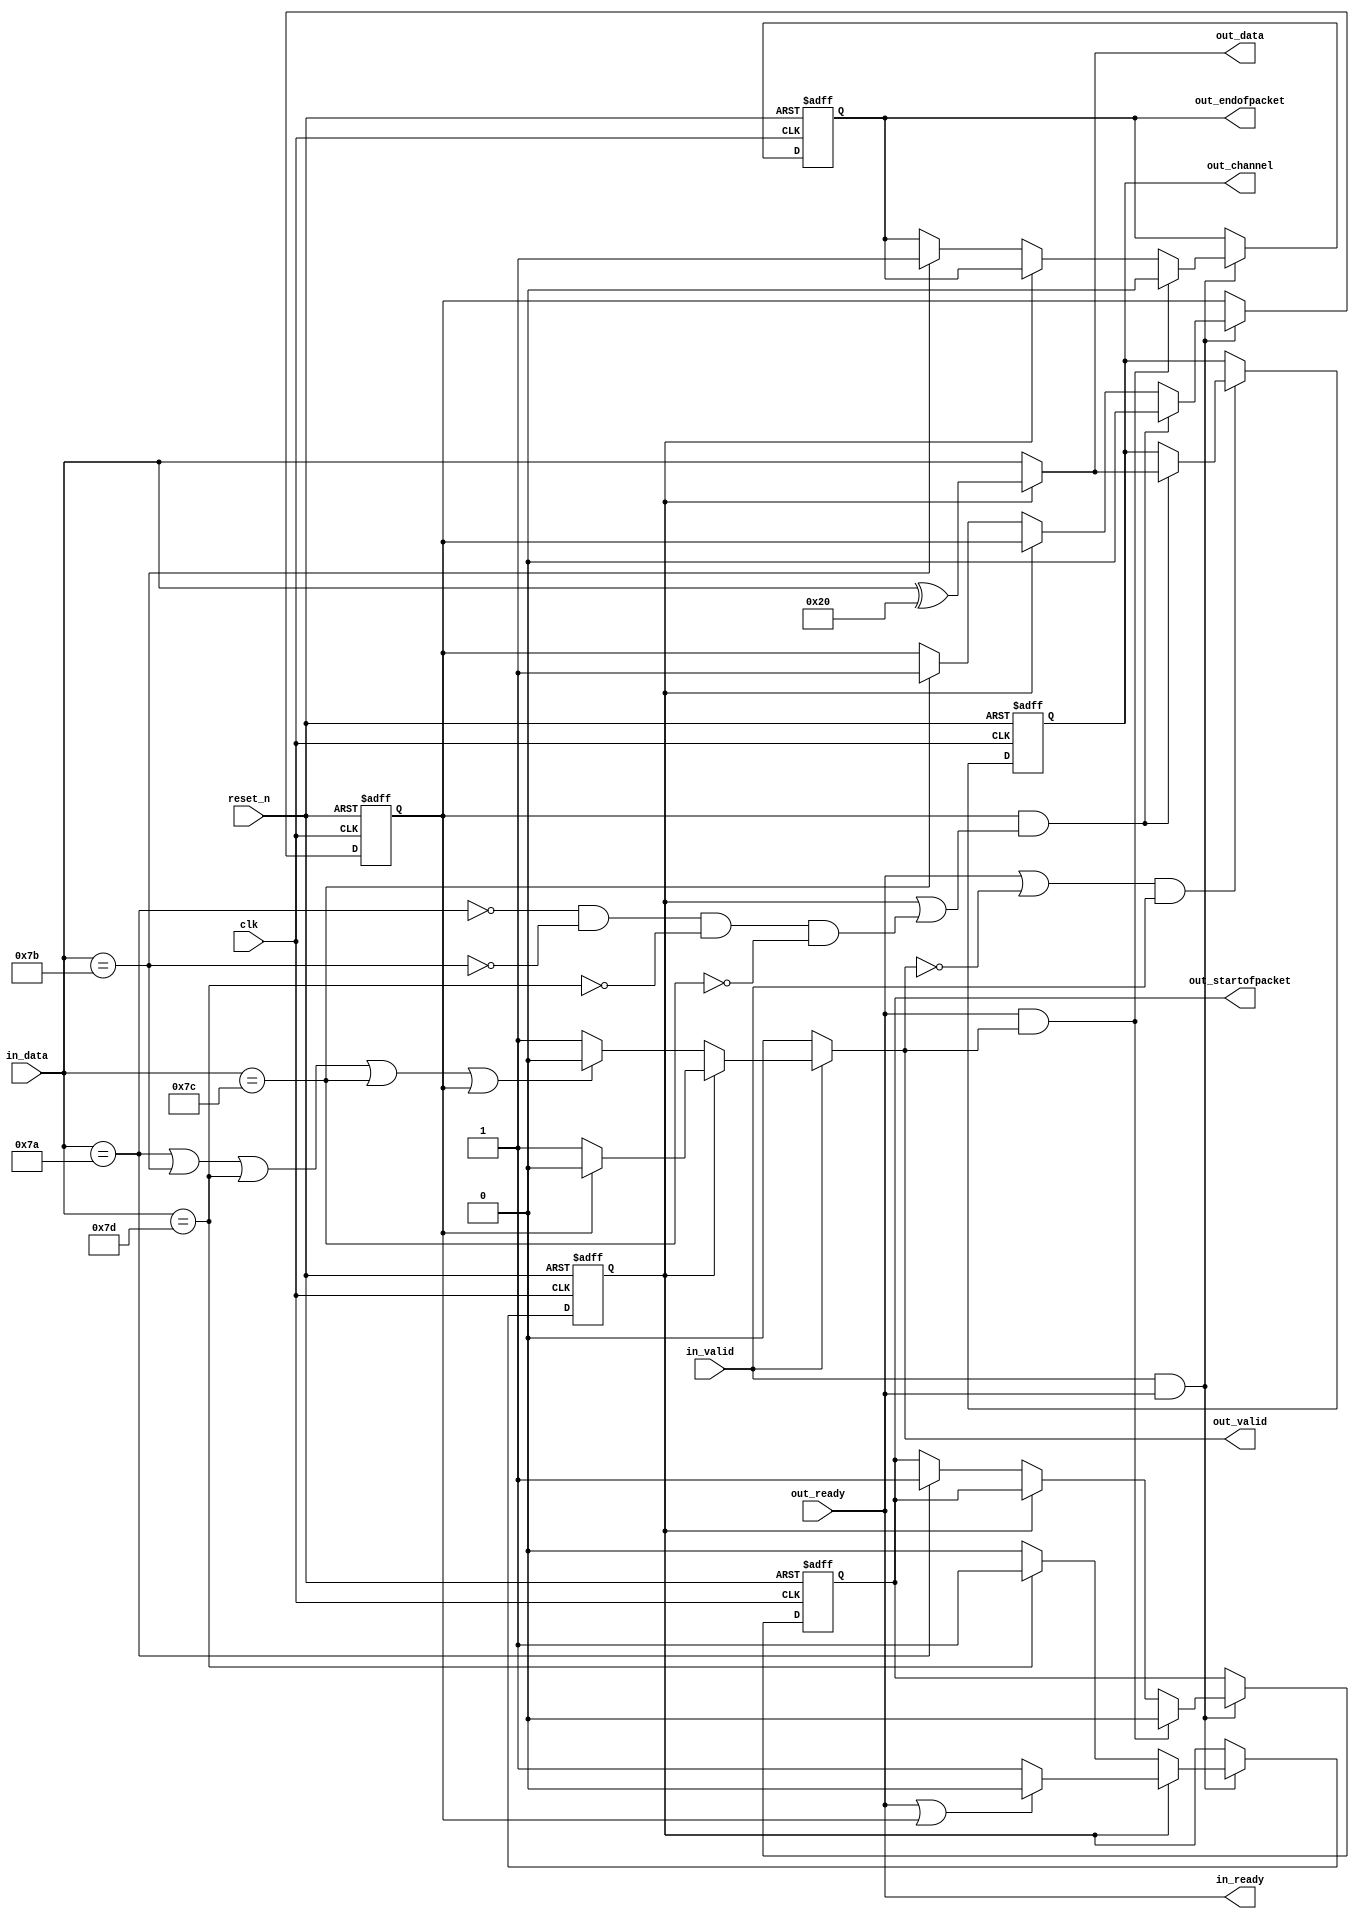
// Copyright 2009 Altera Corporation. All rights reserved.  
// Your use of Altera Corporation's design tools, logic functions and other software and tools, and its AMPP partner logic 
// functions, and any output files any of the foregoing (including device programming or simulation files), and any associated 
// documentation or information are expressly subject to the terms and conditions of the Altera Program License Subscription 
// Agreement, Altera MegaCore Function License Agreement, or other applicable license agreement, including, without limitation, 
// that your use is for the sole purpose of programming logic devices manufactured by Altera and sold by Altera or its authorized 
// distributors.  Please refer to the applicable agreement for further details.


`timescale 1ns / 100ps
module ddr2_v10_1_altera_avalon_st_bytes_to_packets (

      input              clk,
      input              reset_n,
      input              out_ready,
      output reg         out_valid,
      output reg [7: 0]  out_data,
      output reg [7: 0]  out_channel,
      output reg         out_startofpacket,
      output reg         out_endofpacket,

      output reg         in_ready,
      input              in_valid,
      input      [7: 0]  in_data
);


   reg  received_esc, received_channel;
   wire escape_char, sop_char, eop_char, channel_char;

   wire [7:0] data_out;


   assign sop_char     = (in_data == 8'h7a);
   assign eop_char     = (in_data == 8'h7b);
   assign channel_char = (in_data == 8'h7c);
   assign escape_char  = (in_data == 8'h7d);

   assign data_out = received_esc ? (in_data ^ 8'h20) : in_data;
   
   always @(posedge clk or negedge reset_n) begin
      if (!reset_n) begin
         received_esc <= 0;
         received_channel <= 0;
         out_startofpacket <= 0;
         out_endofpacket <= 0;
      end else begin
         if (in_valid & in_ready) begin
            if (received_esc) begin
               if (out_ready | received_channel) received_esc <= 0;
            end else begin
               if (escape_char)    received_esc <= 1;
               if (sop_char)       out_startofpacket <= 1;
               if (eop_char)       out_endofpacket <= 1;
               if (channel_char)   received_channel <= 1;
            end
            if (received_channel & (received_esc | (~sop_char & ~eop_char & ~escape_char & ~channel_char))) begin
                  received_channel <= 0;
            end
            if (out_ready  & out_valid) begin
               out_startofpacket <= 0;
               out_endofpacket <= 0;
            end 
         end
      end
   end

   always @(posedge clk or negedge reset_n) begin
      if (!reset_n) begin
         out_channel <= 'h0;
      end else begin
         if ((out_ready | ~out_valid) & in_valid) begin
            if (received_channel & (received_esc | (~sop_char & ~eop_char & ~escape_char & ~channel_char))) begin
               out_channel <= data_out;
            end
         end
      end
   end
   always @* begin
      in_ready = out_ready;

      out_valid = 0;
      if ((out_ready | ~out_valid) && in_valid) begin
         out_valid = 1;
         if (received_esc) begin 
           if (received_channel) out_valid = 0;
         end else begin
            if (sop_char | eop_char | escape_char | channel_char | received_channel) out_valid = 0;
         end
      end

      out_data = data_out; 
   end
endmodule